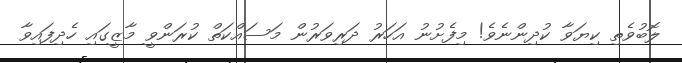
ލޮބުވެތި ކިޔަވާ ކުދިންނެވެ! މިފެށުނު އަހަރު ދަރިވަރުން މަސައްކަތް ކުރަންވީ މާޒީގައި ހެދިފައިވާ